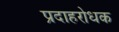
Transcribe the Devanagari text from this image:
प्रदाहरोधक